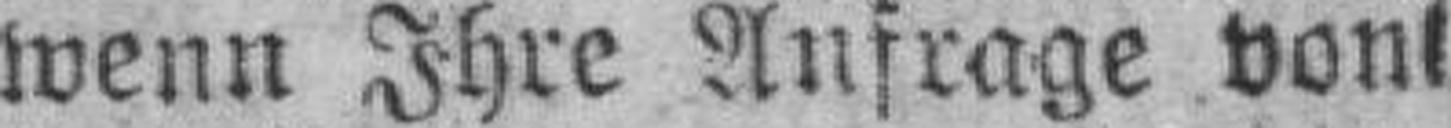
wenn Ihre Anfrage von